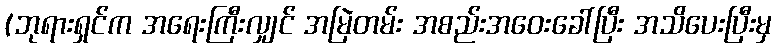
(ဘုရားရှင်က အရေးကြီးလျှင် အမြဲတမ်း အစည်းအဝေးခေါ်ပြီး အသိပေးပြီးမှ